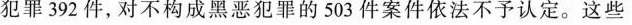
犯罪392件，对不构成黑恶犯罪的503件案件依法不予认定。这些